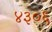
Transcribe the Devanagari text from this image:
४३०६